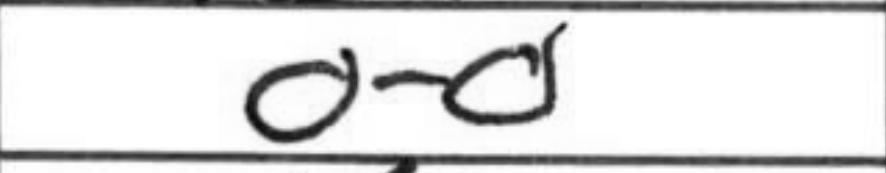
Transcription: O-O